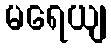
မရေယျ